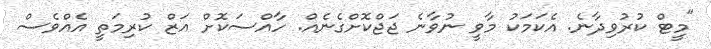
"މީޓް ކުރުވިދާނެ. އެކަމަކު މާވީ ނުވާނެ ޖަޖްކޮށްގެނެއް. ހާއްސަކޮށް އަޒް ކުރިމަތީ އެއްވެސް